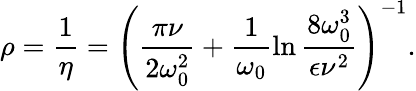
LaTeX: \rho=\frac{1}{\eta}=\left(\frac{\pi\nu}{2\omega_{0}^{2}}+\frac{1}{\omega_{0}}\ln{\frac{8\omega_{0}^{3}}{\epsilon\nu^{2}}}\right)^{-1}.